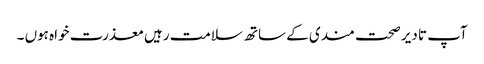
آپ تا دیر صحت مندی کے ساتھ سلامت رہیں معذرت خواہ ہوں ۔